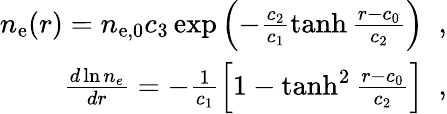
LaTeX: \begin{array}{r}{n_{\mathrm{{e}}}(r)=n_{\mathrm{{e},0}}c_{3}\exp\left(-\frac{c_{2}}{c_{1}}\operatorname{tanh}\frac{r-c_{0}}{c_{2}}\right)\; \; ,}\\ {\frac{d\ln n_{e}}{dr}=-\frac{1}{c_{1}}\left[1-\operatorname{tanh}^{2}\frac{r-c_{0}}{c_{2}}\right]\; \; ,}\end{array}